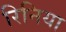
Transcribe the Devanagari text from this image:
रिनिया